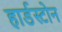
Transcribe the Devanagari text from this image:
हार्डस्टोन